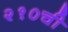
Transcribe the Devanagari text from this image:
२१०ची